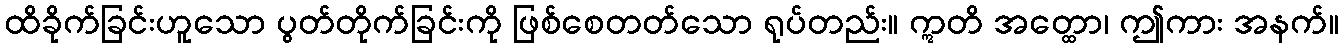
ထိခိုက်ခြင်းဟူသော ပွတ်တိုက်ခြင်းကို ဖြစ်စေတတ်သော ရုပ်တည်း။ ဣတိ အတ္ထော၊ ဤကား အနက်။